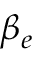
\beta _ { e }